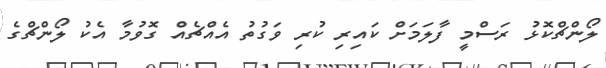
ލޯންޗްކޮޅު ރަސްމީ ފާލަަމަށް ކައިރި ކުރި ވަގުތު އެއްޗެއް ގޮވުމާ އެކު ލޯންޗްގެ